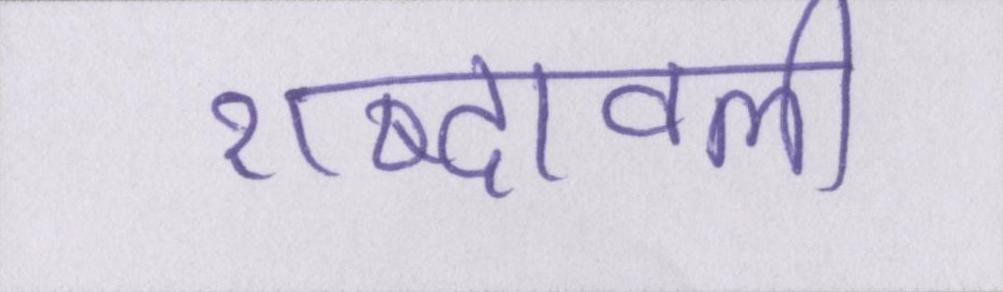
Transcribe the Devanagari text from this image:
शब्दावली